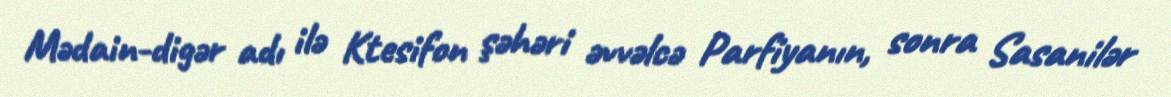
Mədain-digər adı ilə Ktesifon şəhəri əvvəlcə Parfiyanın, sonra Sasanilər